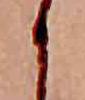
か